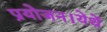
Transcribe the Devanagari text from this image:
प्रयोजन।येथें